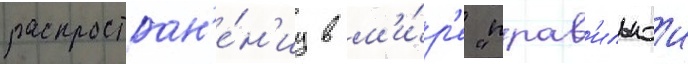
распростран'е́н'иу в м'и́р'е "прав'ильнои